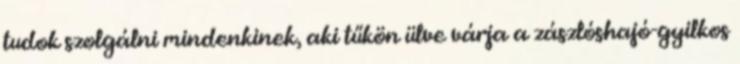
tudok szolgálni mindenkinek, aki tűkön ülve várja a zászlóshajó-gyilkos